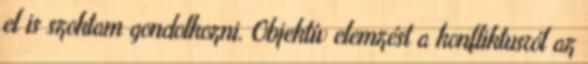
el is szoktam gondolkozni. Objektív elemzést a konfliktusról az